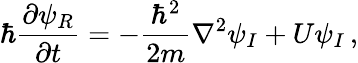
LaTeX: \hbar\frac{\partial\psi_{R}}{\partial t}=-\frac{\hbar^{2}}{2m}\nabla^{2}\psi_{I}+U\psi_{I}\, ,